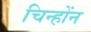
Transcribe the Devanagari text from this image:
चिन्होंन